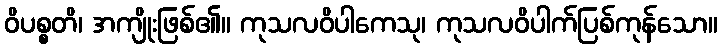
ဝိပစ္စတိ၊ အကျိုးဖြစ်၏။ ကုသလဝိပါကေသု၊ ကုသလဝိပါက်ပြစ်ကုန်သော။